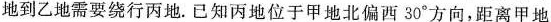
地到乙地需要绕行丙地。已知丙地位于甲地北偏西30°方向，距离甲地